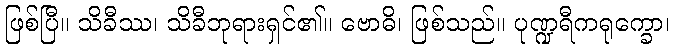
ဖြစ်ပြီ။ သိခီဿ၊ သိခီဘုရားရှင်၏။ ဗောဓိ၊ ဖြစ်သည်။ ပုဏ္ဍရီကရုက္ခော၊